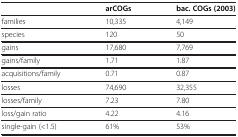
<table><thead><tr><td><b> </b></td><td><b>arCOGs</b></td><td><b>bac. COGs (2003)</b></td></tr></thead><tbody><tr><td>families</td><td>10,335</td><td>4,149</td></tr><tr><td>species</td><td>120</td><td>50</td></tr><tr><td>gains</td><td>17,680</td><td>7,769</td></tr><tr><td>gains/family</td><td>1.71</td><td>1.87</td></tr><tr><td>acquisitions/family</td><td>0.71</td><td>0.87</td></tr><tr><td>losses</td><td>74,690</td><td>32,355</td></tr><tr><td>losses/family</td><td>7.23</td><td>7.80</td></tr><tr><td>loss/gain ratio</td><td>4.22</td><td>4.16</td></tr><tr><td>single-gain (&lt;1.5)</td><td>61%</td><td>53%</td></tr></tbody></table>